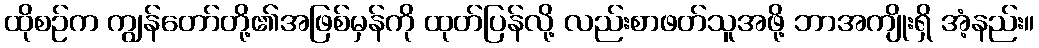
ထိုစဉ်က ကျွန်တော်တို့၏အဖြစ်မှန်ကို ထုတ်ပြန်လို့ လည်းစာဖတ်သူအဖို့ ဘာအကျိုးရှိ အံ့နည်း။